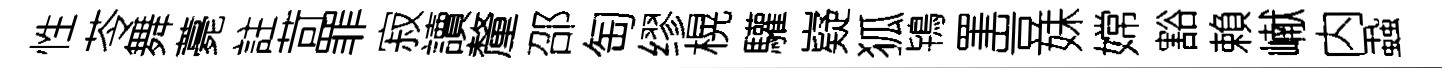
性苓舞薧註苛罪寂讀釐邵匋缪榥驩嶷狐鴇罣豈妹嫦豁賴𪩘内蝨